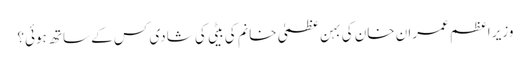
وزیر اعظم عمران خان کی بہن عظمیٰ خانم کی بیٹی کی شادی کس کے ساتھ ہوئی؟